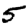
Digit: 5